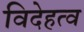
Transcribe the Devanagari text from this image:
विदेहत्व